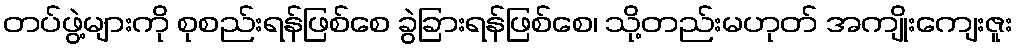
တပ်ဖွဲ့များကို စုစည်းရန်ဖြစ်စေ ခွဲခြားရန်ဖြစ်စေ၊ သို့တည်းမဟုတ် အကျိုးကျေးဇူး